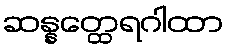
ဆန္နတ္ထေရဂါထာ